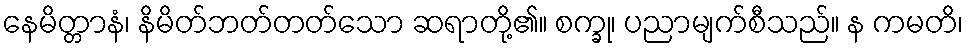
နေမိတ္တာနံ၊ နိမိတ်ဘတ်တတ်သော ဆရာတို့၏။ စက္ခု၊ ပညာမျက်စီသည်။ န ကမတိ၊